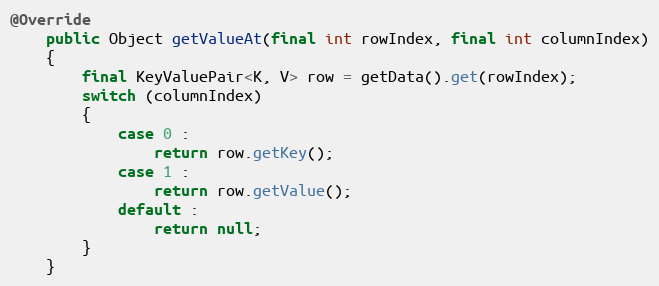
Language: Java
@Override
	public Object getValueAt(final int rowIndex, final int columnIndex)
	{
		final KeyValuePair<K, V> row = getData().get(rowIndex);
		switch (columnIndex)
		{
			case 0 :
				return row.getKey();
			case 1 :
				return row.getValue();
			default :
				return null;
		}
	}